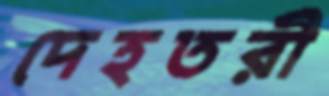
দেহতরী